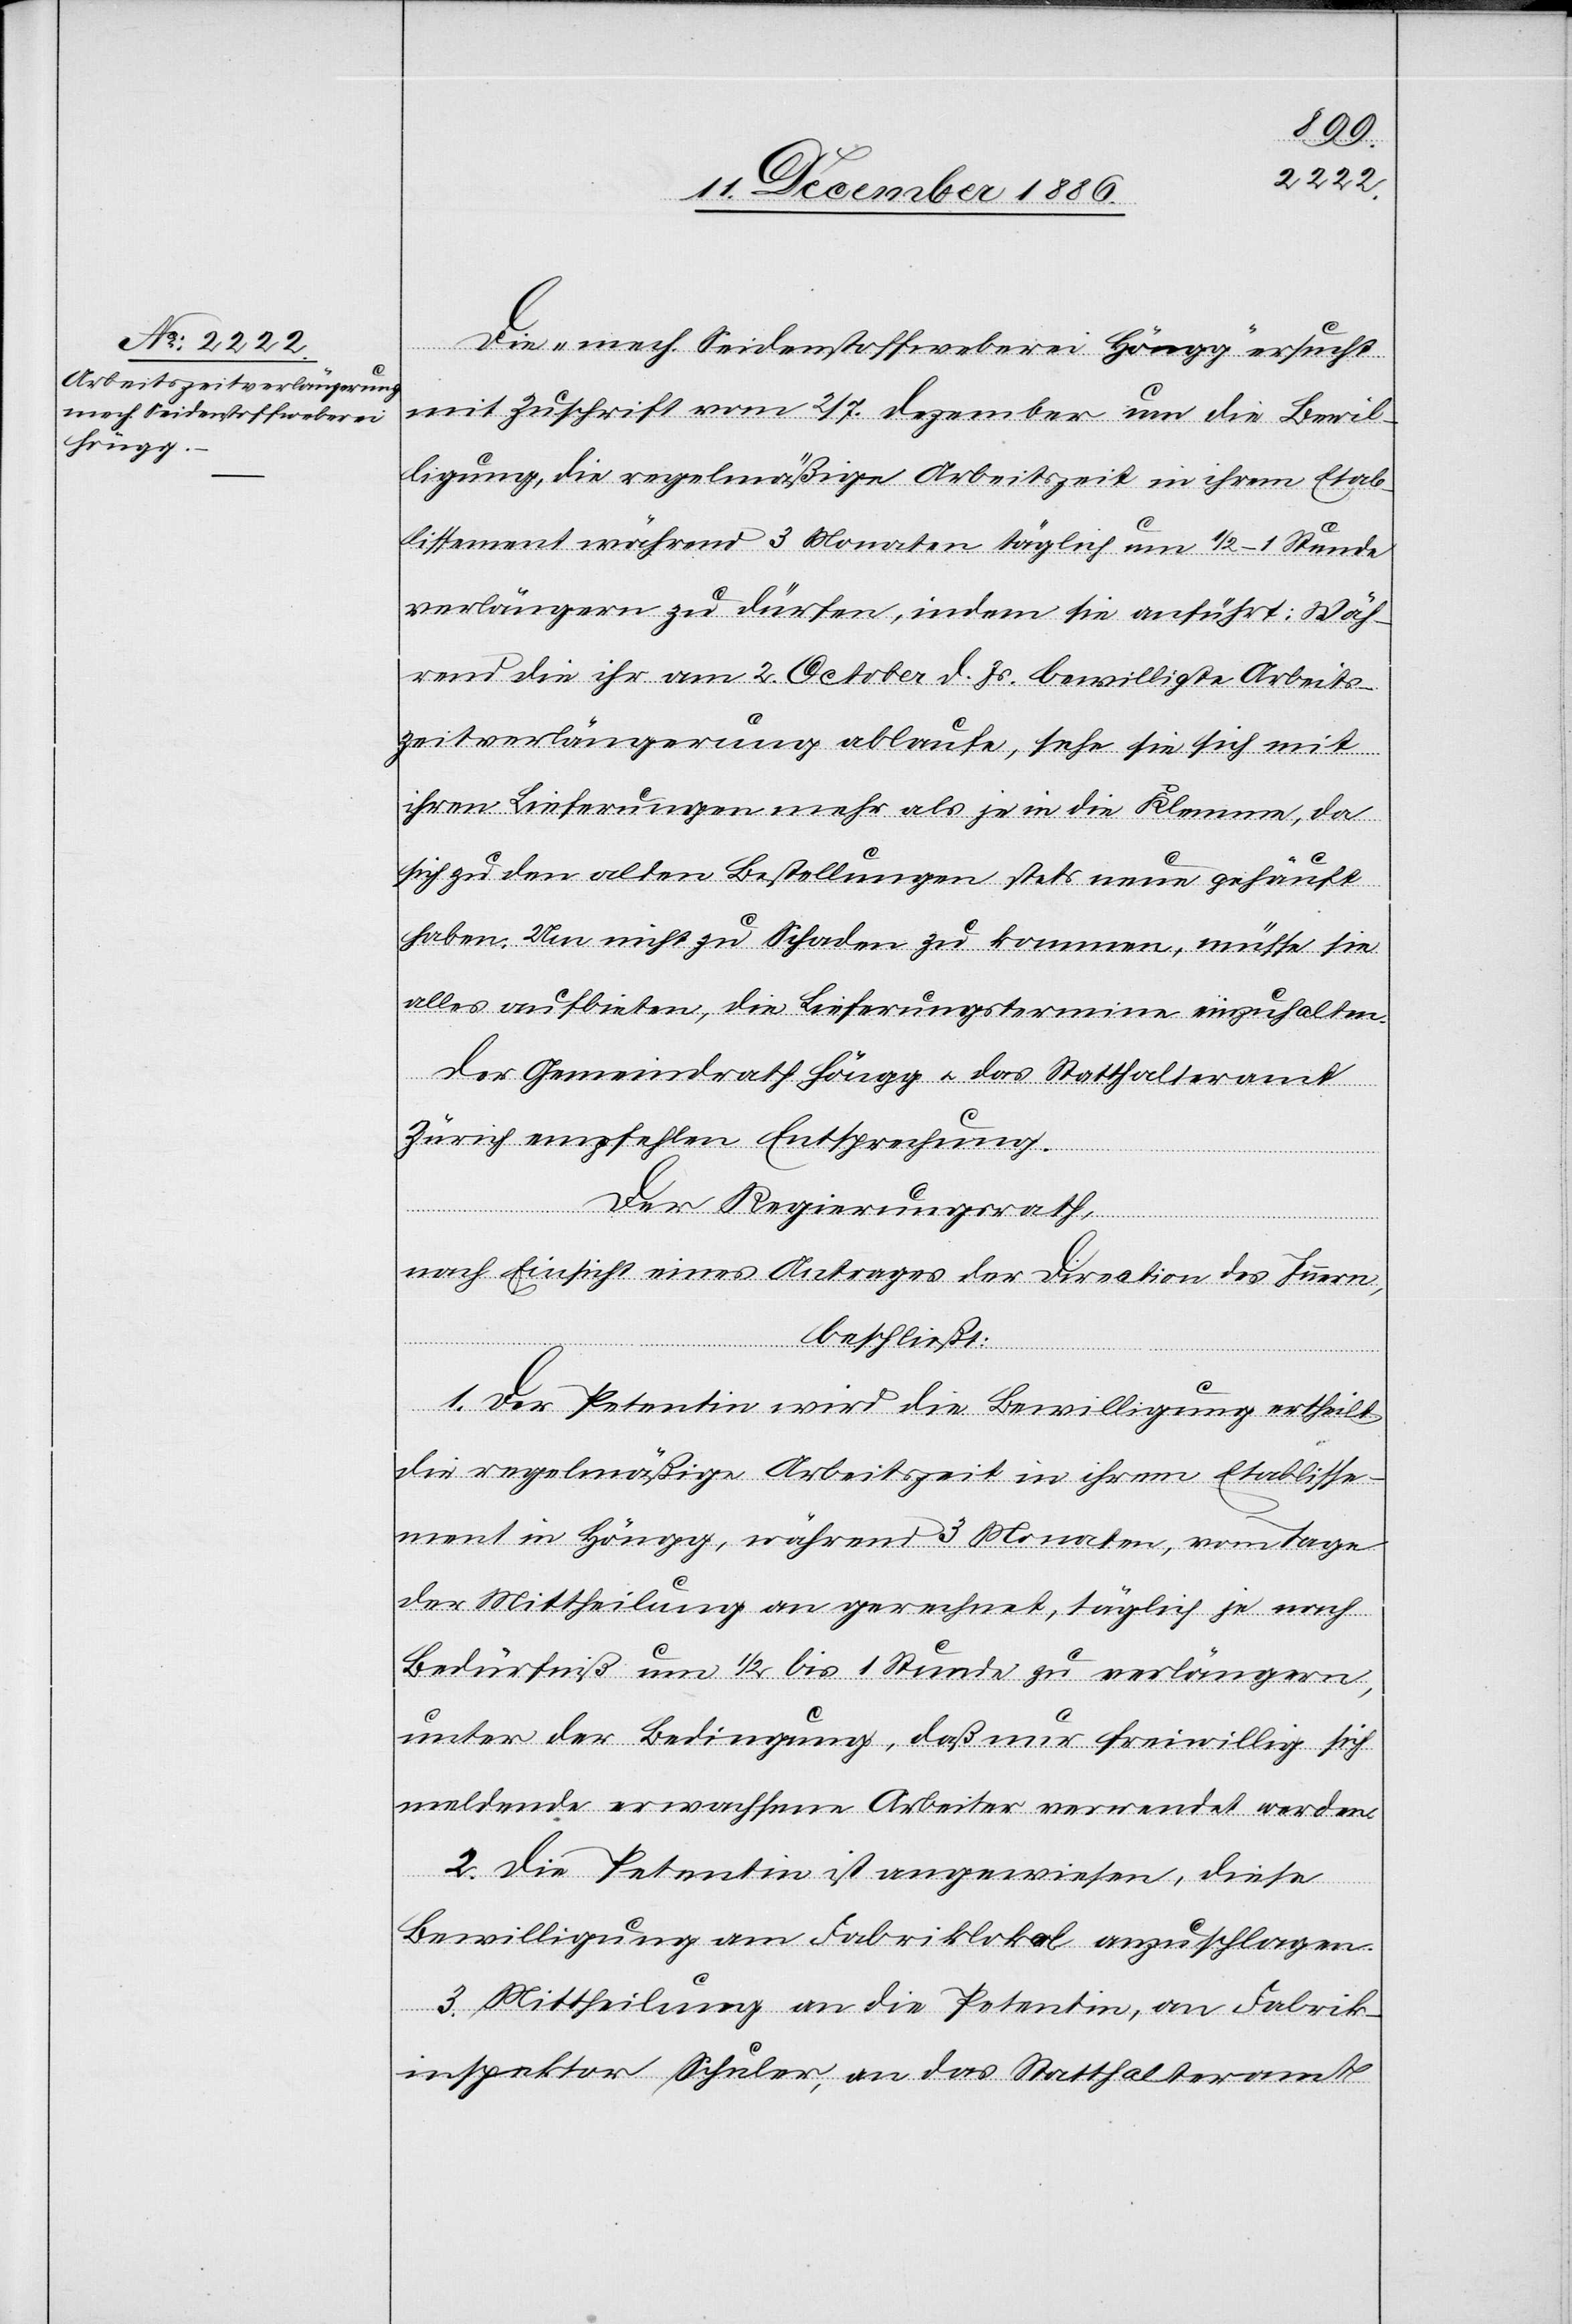
Die „mech. Seidenstoffweberei Höngg“ ersucht
mit Zuschrift vom 2./7. Dezember um die Bewil¬
ligung, die regelmäßige Arbeitszeit in ihrem Etab¬
lissement während 3 Monaten täglich um 1/2–1 Stunde
verlängern zu dürfen, indem sie anführt: Wäh¬
rend die ihr am 2. October d. Js. bewilligte Arbeits¬
zeitverlängerung ablaufe, sehe sie sich mit
ihren Lieferungen mehr als je in die [sic!] Klemme, da
sich zu den alten Bestellungen stets neue gehäuft
haben. Um nicht zu Schaden zu kommen, müsse sie
alles aufbieten, die Lieferungstermine einzuhalten.
Der Gemeindrath Höngg & das Statthalteramt
Zürich empfehlen Entsprechung.
Der Regierungsrath,
nach Einsicht eines Antrages der Direction des Innern,
beschließt:
1. Der Petentin wird die Bewilligung ertheilt
die regelmäßige Arbeitszeit in ihrem Etablisse¬
ment in Höngg, während 3 Monaten, vom Tage
der Mittheilung an gerechnet, täglich je nach
Bedürfniß um 1/2 bis 1 Stunde zu verlängern,
unter der Bedingung, daß nur freiwillig sich
meldende erwachsene Arbeiter verwendet werden.
2. Die Petentin ist angewiesen, diese
Bewilligung am Fabriklokal anzuschlagen.
3. Mittheilung an die Petentin, an Fabrik¬
inspektor Schuler, an das Statthalteramt